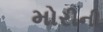
મોરીની